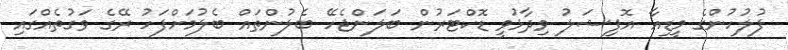
ފުލުހުންގެ މީޑިއާ އޮފިޝަލު ވިދާޅުވީ ޑޮކްޓަރުން ބަލަންޖެހޭ ބެލުންތައް ބެލުމަށްފަހު ރޭގެ ވަގުތެއްގައި